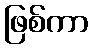
ဖြစ်ကာ